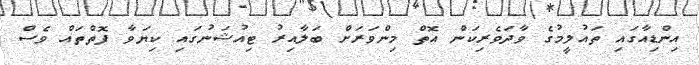
އިންޑިއާގައި ތައުލީމުގެ ވާދަވެރިކަން އޮތް މިންވަރަށް ބަލާއިރު ޓިއުޝަނުގައި ކިޔަވާ ފޮތްތައް ވެސް